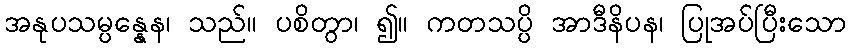
အနုပသမ္ပန္နေန၊ သည်။ ပစိတွာ၊ ၍။ ကတသပ္ပိ အာဒီနိပန၊ ပြုအပ်ပြီးသော